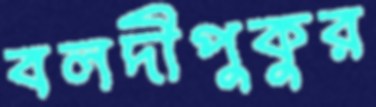
বলদীপুকুর